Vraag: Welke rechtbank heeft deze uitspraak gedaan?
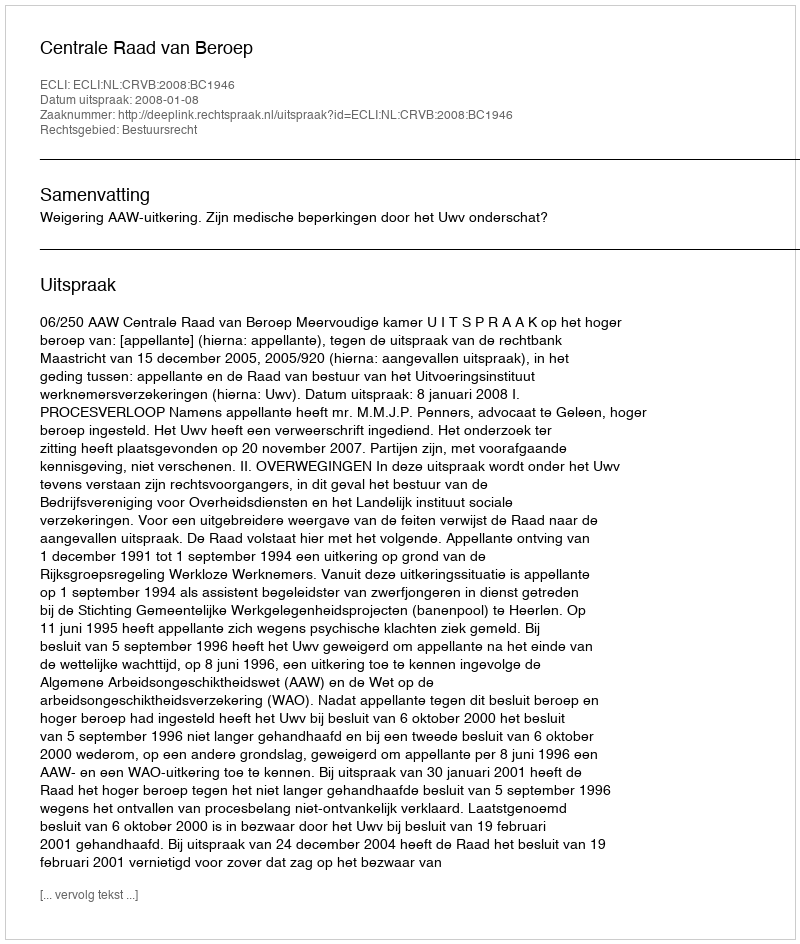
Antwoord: Centrale Raad van Beroep